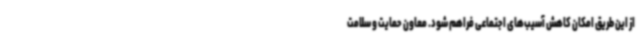
از این طریق امکان کاهش آسیب‌های اجتماعی فراهم شود. معاون حمایت و سلامت